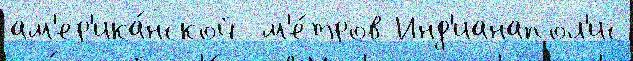
ам'ер'ика́нской  м'е́тров Инд'ианапол'ис